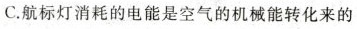
C.航标灯消耗的电能是空气的机械能转化来的